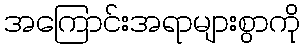
အကြောင်းအရာများစွာကို